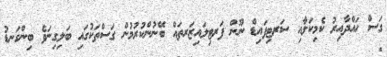
ގަސް ހައްދާއިރު ކެމިކަލާއި ސަރޓިފައިޑް ނޫން ފަރޓިލައިޒަރތައް ބޭނުންކުރުމުން ގަސްތަކުގައި ބަލިގިނަވެ ބިންގަނޑު